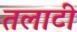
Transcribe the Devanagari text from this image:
तलाटी